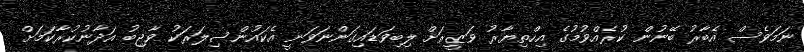
ނަމަވެސް އެބާރު ބޭނުން ކުރެއްވުމުގެ އިހްތިޔާރު ވަޒީރަށް ލިބިވަޑައިގަންނަވަނީ އެކައުންސިލަރަކު ވާޖިބު އަދާނުކުރާކަމަށް